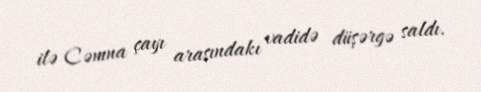
ilə Cəmna çayı arasındakı vadidə düşərgə saldı.